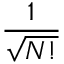
\frac { 1 } { \sqrt { N ! } }